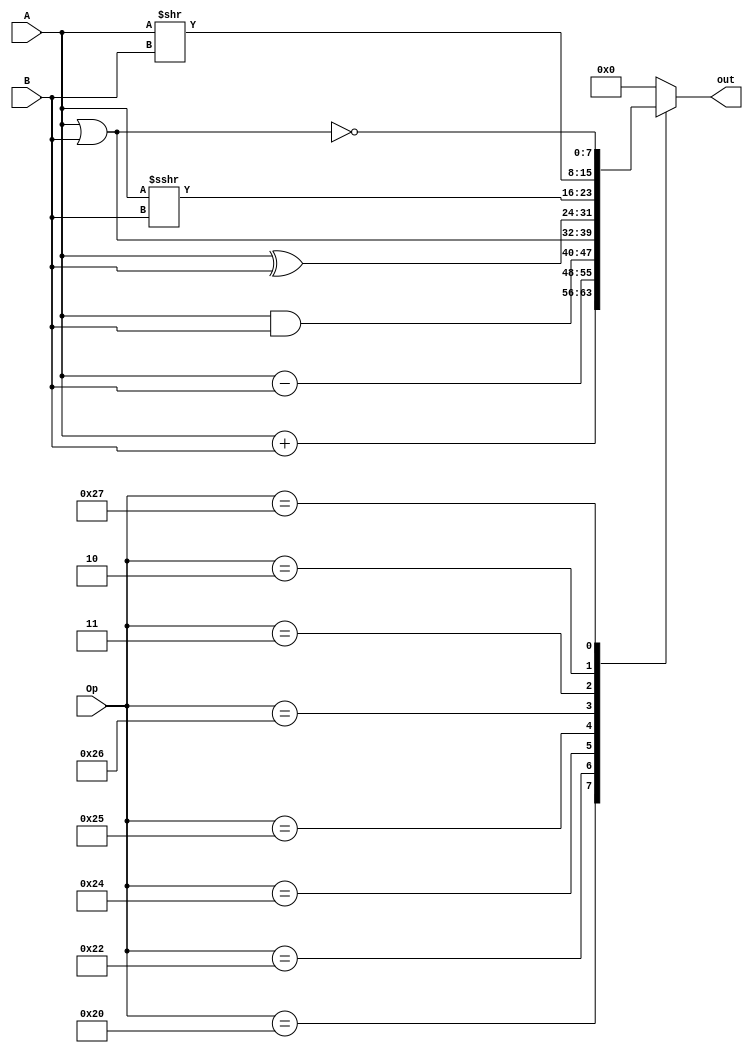
`timescale 1ns / 1ps
//////////////////////////////////////////////////////////////////////////////////
// Company: 
// Author:
//			   Nestor Ortmann
//				Guillermo Trejo
// 
// Design Name: 
// Module Name:    ALU 
// Project Name: 
// Target Devices: 
// Tool versions: 
// Description: 
//
// Dependencies: 
//
// Revision: 
// Revision 0.01 - File Created
// Additional Comments: 
//
//////////////////////////////////////////////////////////////////////////////////
module ALU

 #(parameter bits = 8)
 
 (
  input signed [5:0] Op, 
  input signed [bits-1:0] A, 
  input signed [bits-1:0] B, 
  output reg [bits-1:0] out
  );
 
 
always @(*)
begin
	 case (Op)
		6'b100000 : out = A + B; // ADD
		6'b100010 : out = A - B; // SUB
		6'b100100 : out = A & B; // AND
		6'b100101 : out = A | B; // OR
		6'b100110 : out = A ^ B; // XOR
		6'b000011 : out = A >>> B; // SRA
		6'b000010 : out = A >> B; // SRL
		6'b100111 : out = ~(A | B); // NOR
		default : out = 0;
	 endcase
end


    


endmodule